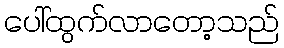
ပေါ်ထွက်လာတော့သည်